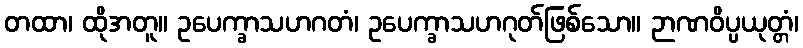
တထာ၊ ထိုအတူ။ ဥပေက္ခာသဟဂတံ၊ ဥပေက္ခာသဟဂုတ်ဖြစ်သော။ ဉာဏဝိပ္ပယုတ္တံ၊